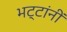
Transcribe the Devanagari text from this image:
भट्टांनीं